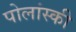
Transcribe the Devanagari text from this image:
पोलांस्की